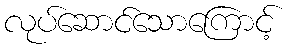
လုပ်ဆောင်သောကြောင့်